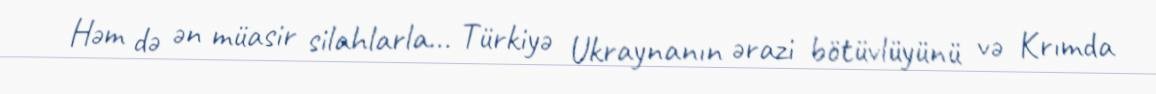
Həm də ən müasir silahlarla... Türkiyə Ukraynanın ərazi bötüvlüyünü və Krımda